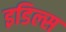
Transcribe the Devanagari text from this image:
इडिल्स